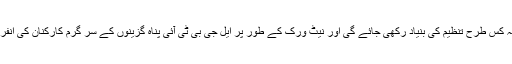
سال 2019 اور 2020 میں حلقے مزید سیکھا جائے گا کہ کس طرح تنظیم کی بنیاد رکھی جائے گی اور نیٹ ورک کے طور پر ایل جی بی ٹی آئی پناہ گزینوں کے سر گرم کارکنان کی انفرادی ذمہ داری کیا ہوگی اور اجتماعی ذمے داری کیا ہوگی۔